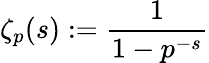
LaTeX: \zeta_{p}(s):={\frac{1}{1-p^{-s}}}